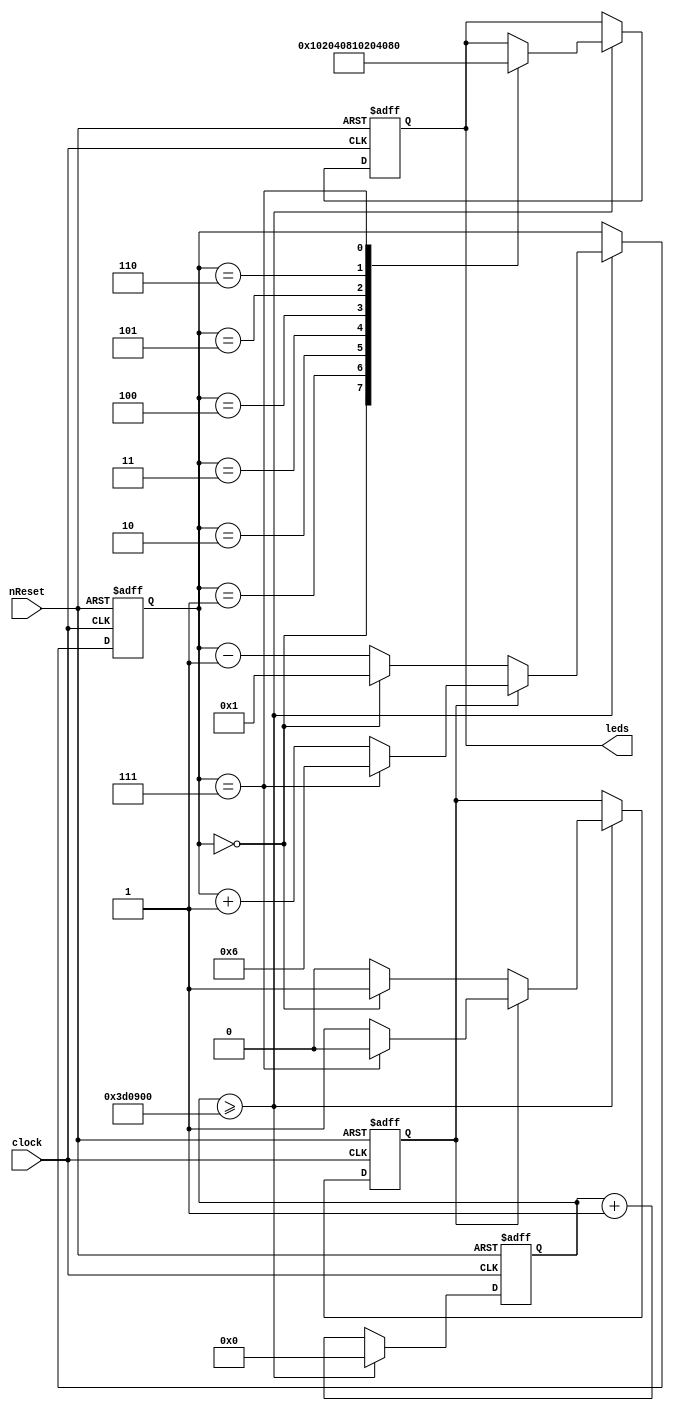
module statusLED (
	input nReset,
	input clock,
	output reg [7:0] leds
);
reg [31:0] timer;
reg direction;
reg [3:0] position; 
always @ (posedge clock, negedge nReset) begin
	if (!nReset) begin
		leds <= 8'b00000001;
		timer <= 16'd0;
		direction <= 1'b1;
		position <= 4'd0;
	end else begin
		timer <= timer + 32'd1;
		if (timer >= 32'd4000000) begin
			case(position)
				4'd0:leds <= 8'b00000001;
				4'd1:leds <= 8'b00000010;
				4'd2:leds <= 8'b00000100;
				4'd3:leds <= 8'b00001000;
				4'd4:leds <= 8'b00010000;
				4'd5:leds <= 8'b00100000;
				4'd6:leds <= 8'b01000000;
				4'd7:leds <= 8'b10000000;
			endcase
			if (direction) begin
				if (position == 4'd7) begin
					position <= 4'd6;
					direction <= 1'b0;
				end else begin
					position <= position + 4'd1;
				end
			end else begin
				if (position == 4'd0) begin
					position <= 4'd1;
					direction <= 1'b1;
				end else begin
					position <= position - 4'd1;
				end
			end
			timer <= 16'd0;
		end
	end
end
endmodule